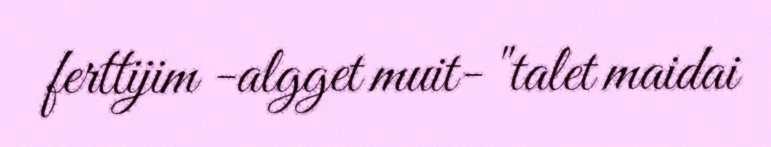
ferttijim -algget muit- "talet maidai